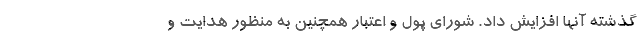
گذشته آنها افزایش داد. شورای پول و اعتبار همچنین به منظور هدایت و